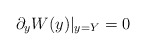
\begin{align*}\partial _{y}W(y)|_{y=Y}=0\end{align*}